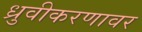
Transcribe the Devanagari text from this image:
ध्रुवीकरणावर